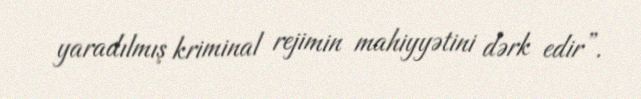
yaradılmış kriminal rejimin mahiyyətini dərk edir”.